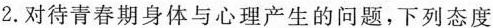
2.对待青春期身体与心理产生的问题，下列态度